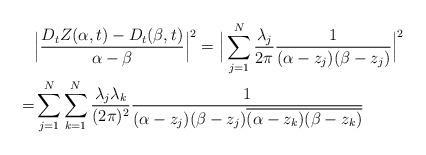
LaTeX: \begin{align*}&\Big| \frac{D_tZ(\alpha,t)-D_t(\beta,t)}{\alpha-\beta}\Big|^2=\Big|\sum_{j=1}^N\frac{\lambda_j}{2\pi}\frac{1}{(\alpha-z_j)(\beta-z_j)}\Big|^2\\=&\sum_{j=1}^N\sum_{k=1}^N\frac{\lambda_j\lambda_k}{(2\pi)^2}\frac{1}{(\alpha-z_j)(\beta-z_j)\overline{(\alpha-z_k)(\beta-z_k)}}\\\end{align*}